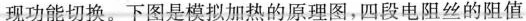
现功能切换。下图是模拟加热的原理图，四段电阻丝的阻值